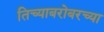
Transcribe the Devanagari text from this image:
तिच्याबरोबरच्या